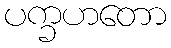
ပက္ခဟတော